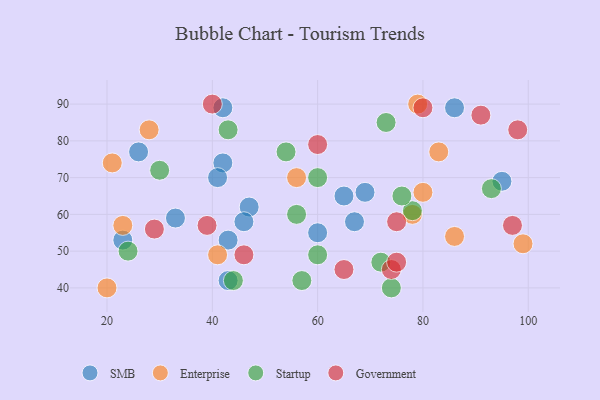
{"axis": {"x": "GDP", "y": "Life Expectancy"}, "legend": ["Enterprise", "Government", "SMB", "Startup"], "data": [{"x": "42", "y": 89, "type": "SMB"}, {"x": "67", "y": 58, "type": "SMB"}, {"x": "65", "y": 65, "type": "SMB"}, {"x": "33", "y": 59, "type": "SMB"}, {"x": "47", "y": 62, "type": "SMB"}, {"x": "46", "y": 58, "type": "SMB"}, {"x": "60", "y": 55, "type": "SMB"}, {"x": "23", "y": 53, "type": "SMB"}, {"x": "26", "y": 77, "type": "SMB"}, {"x": "86", "y": 89, "type": "SMB"}, {"x": "43", "y": 42, "type": "SMB"}, {"x": "95", "y": 69, "type": "SMB"}, {"x": "42", "y": 74, "type": "SMB"}, {"x": "41", "y": 70, "type": "SMB"}, {"x": "69", "y": 66, "type": "SMB"}, {"x": "43", "y": 53, "type": "SMB"}, {"x": "56", "y": 70, "type": "Enterprise"}, {"x": "86", "y": 54, "type": "Enterprise"}, {"x": "23", "y": 57, "type": "Enterprise"}, {"x": "79", "y": 90, "type": "Enterprise"}, {"x": "21", "y": 74, "type": "Enterprise"}, {"x": "80", "y": 66, "type": "Enterprise"}, {"x": "20", "y": 40, "type": "Enterprise"}, {"x": "99", "y": 52, "type": "Enterprise"}, {"x": "78", "y": 60, "type": "Enterprise"}, {"x": "83", "y": 77, "type": "Enterprise"}, {"x": "41", "y": 49, "type": "Enterprise"}, {"x": "28", "y": 83, "type": "Enterprise"}, {"x": "78", "y": 61, "type": "Startup"}, {"x": "76", "y": 65, "type": "Startup"}, {"x": "43", "y": 83, "type": "Startup"}, {"x": "72", "y": 47, "type": "Startup"}, {"x": "60", "y": 49, "type": "Startup"}, {"x": "44", "y": 42, "type": "Startup"}, {"x": "56", "y": 60, "type": "Startup"}, {"x": "74", "y": 40, "type": "Startup"}, {"x": "73", "y": 85, "type": "Startup"}, {"x": "54", "y": 77, "type": "Startup"}, {"x": "30", "y": 72, "type": "Startup"}, {"x": "24", "y": 50, "type": "Startup"}, {"x": "60", "y": 70, "type": "Startup"}, {"x": "93", "y": 67, "type": "Startup"}, {"x": "57", "y": 42, "type": "Startup"}, {"x": "74", "y": 45, "type": "Government"}, {"x": "65", "y": 45, "type": "Government"}, {"x": "75", "y": 58, "type": "Government"}, {"x": "97", "y": 57, "type": "Government"}, {"x": "75", "y": 47, "type": "Government"}, {"x": "46", "y": 49, "type": "Government"}, {"x": "80", "y": 89, "type": "Government"}, {"x": "91", "y": 87, "type": "Government"}, {"x": "29", "y": 56, "type": "Government"}, {"x": "60", "y": 79, "type": "Government"}, {"x": "98", "y": 83, "type": "Government"}, {"x": "40", "y": 90, "type": "Government"}, {"x": "39", "y": 57, "type": "Government"}]}